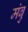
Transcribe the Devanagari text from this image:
मंबु